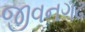
જીવનગઢ